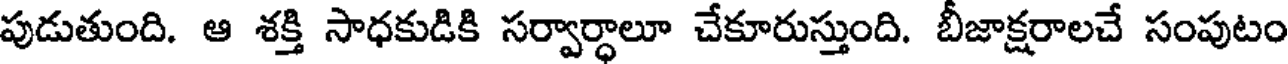
పుడుతుంది. ఆ శక్తి సాధకుడికి సర్వార్ధాలూ చేకూరుస్తుంది. బీజాక్షరాలచే సంపుటం